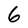
Character: 6